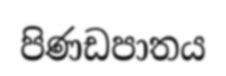
පිණඩපාතය